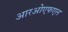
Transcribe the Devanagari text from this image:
आरओएफएल